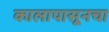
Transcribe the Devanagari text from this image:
कालापासूनचा